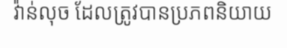
វ៉ាន់លុច ដែលត្រូវបានប្រភពនិយាយ